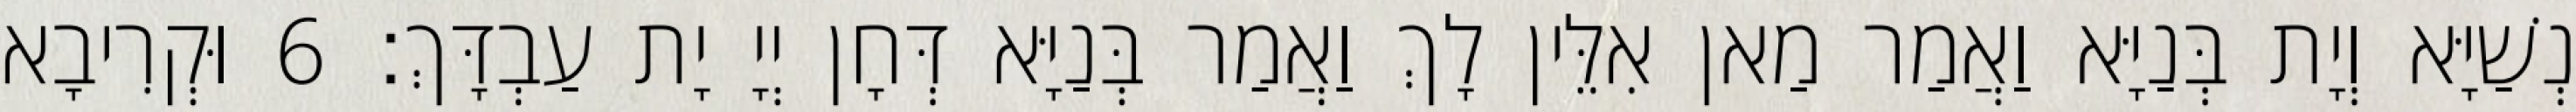
נְשַׁיָּא וְיָת בְּנַיָּא וַאֲמַר מַאן אִלֵּין לָךְ וַאֲמַר בְּנַיָּא דְּחָן יְיָ יָת עַבְדָּךְ׃ 6 וּקְרִיבָא